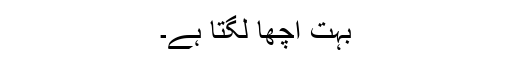
بہت اچھا لگتا ہے۔